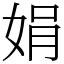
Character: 娟